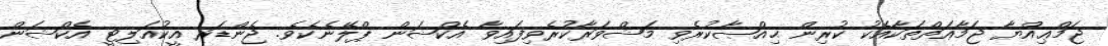
ޖަމްޢިއްޔާ ޖަމާޢަތްތަކާއެކު ކުރިން ޙިއްޞާކުރެވި މަޝްވަރާކުރެވިފައިވާ އެކްޝަން ޕްލޭނެކެވެ. ޖެންޑަރ އީކުއަލިޓީ އެކްޝަން